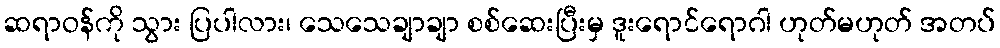
ဆရာဝန်ကို သွား ပြပါလား၊ သေသေချာချာ စစ်ဆေးပြီးမှ ဒူးရောင်ရောဂါ ဟုတ်မဟုတ် အတပ်